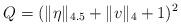
LaTeX: \begin{align*}Q=(\Vert \eta\Vert_{{4.5}} + \Vert v\Vert_{{4}} + 1)^2\end{align*}